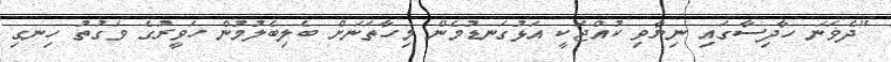
"ދެވަނަ ހާދިސާގައި ނިޔާވި ކުއްޖަކީ އަޅުގަނޑުމެން މިހާތަނަށް ބެލިބެލުމުން ހަވީރުގެ ވަގުތު ހިނގި